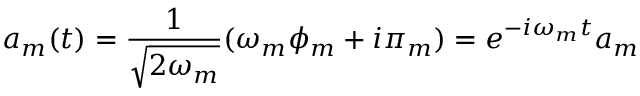
a _ { m } ( t ) = \frac { 1 } { \sqrt { 2 \omega _ { m } } } ( \omega _ { m } \phi _ { m } + i \pi _ { m } ) = e ^ { - i \omega _ { m } t } a _ { m }